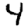
Digit: 4